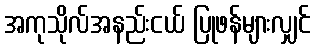
အကုသိုလ်အနည်းငယ် ပြုဖန်များလျှင်